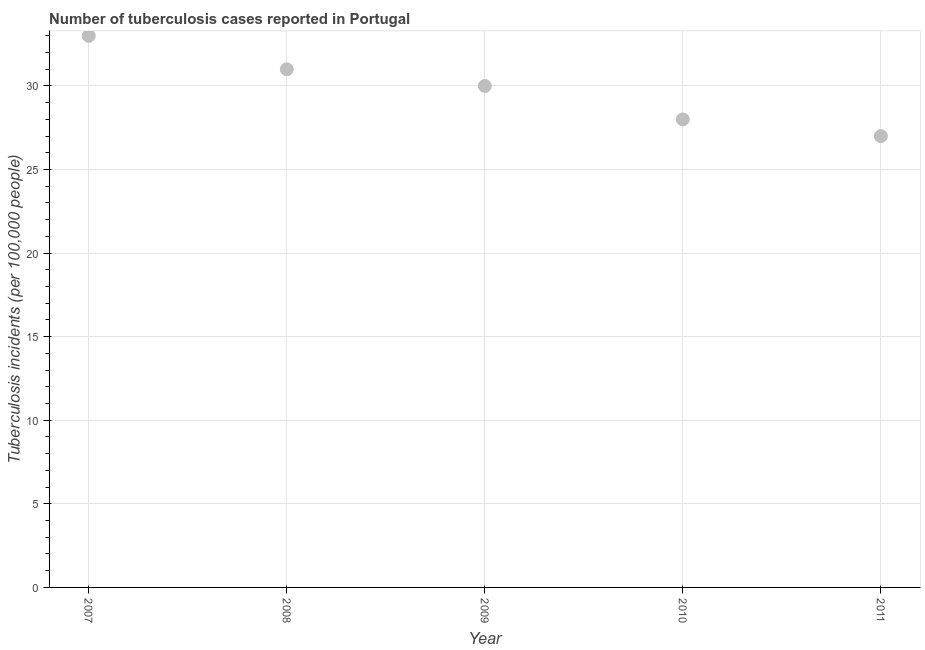
| Year | Incidence of tuberculosis |
 | --- | --- |
 | 2007 | 33 |
 | 2008 | 31 |
 | 2009 | 30 |
 | 2010 | 28 |
 | 2011 | 27 |